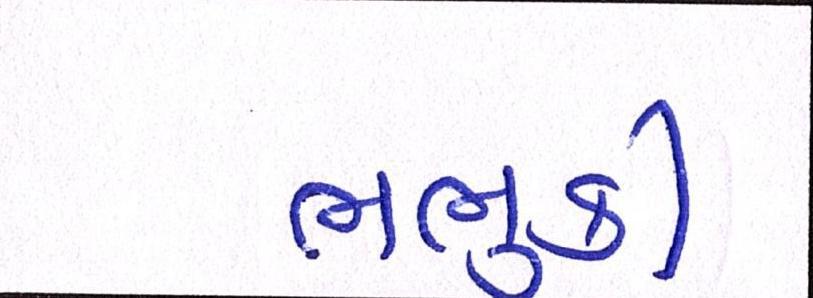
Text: ભભુકી